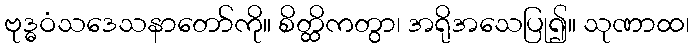
ဗုဒ္ဓဝံသဒေသနာတော်ကို။ စိတ္ထိကတွာ၊ အရိုအသေပြု၍။ သုဏာထ၊